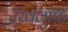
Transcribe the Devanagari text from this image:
ख़ि़लाफ़